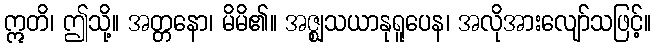
ဣတိ၊ ဤသို့။ အတ္တနော၊ မိမိ၏။ အဇ္ဈသယာနုရူပေန၊ အလိုအားလျော်သဖြင့်။